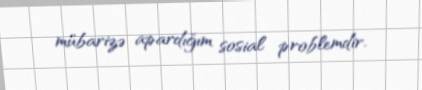
mübarizə apardığım sosial problemdir.